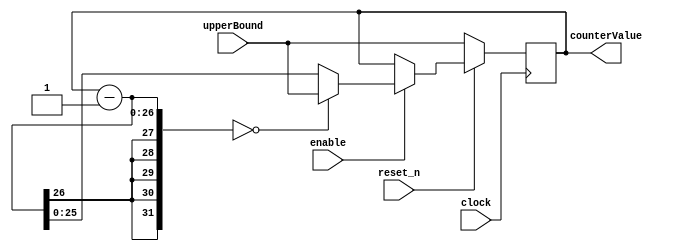


//The naturalNumberCounter26bit module.
module naturalNumberCounter26bit(input [25:0] upperBound, input enable,
											input clock, reset_n,
											output reg [25:0] counterValue);
											
	always@(posedge clock)
	begin
		if (reset_n == 0)
			counterValue <= upperBound;
		else
		begin
			if (enable == 1)
			begin
				if ((counterValue - 1) == 0)
					counterValue <= upperBound;
				else
					counterValue <= counterValue - 1;
			end
			else
				counterValue <= counterValue;
		end
	end
endmodule